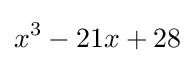
x^{3}-21x+28